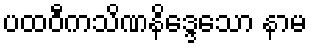
ပထဝီကသိဏနိဒ္ဒေသော နာမ